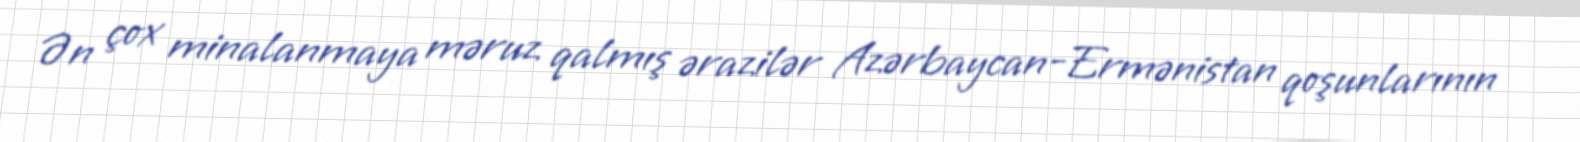
Ən çox minalanmaya məruz qalmış ərazilər Azərbaycan-Ermənistan qoşunlarının